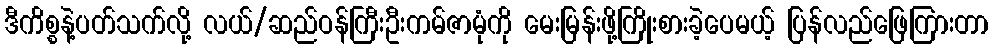
ဒီကိစ္စနဲ့ပတ်သက်လို့ လယ်/ဆည်ဝန်ကြီးဦးကမ်ဇာမုံကို မေးမြန်းဖို့ကြိုးစားခဲ့ပေမယ့် ပြန်လည်ဖြေကြားတာ